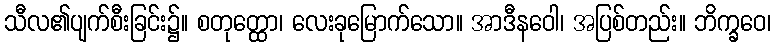
သီလ၏ပျက်စီးခြင်း၌။ စတုတ္ထော၊ လေးခုမြောက်သော။ အာဒီနဝေါ၊ အပြစ်တည်း။ ဘိက္ခဝေ၊